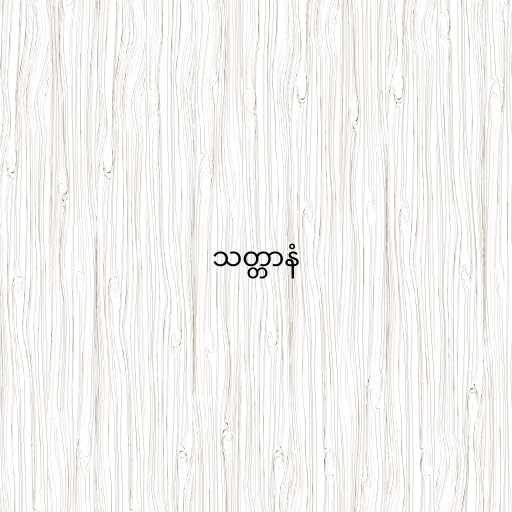
သတ္တာနံ